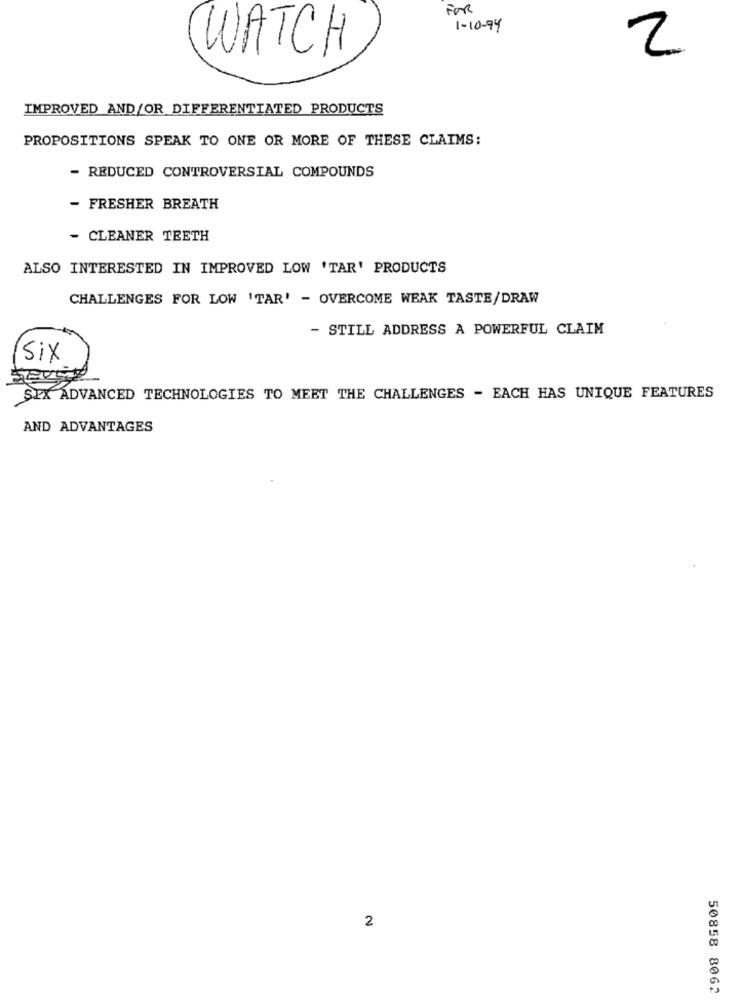
FOR
1-10-94
WATCH
2
IMPROVED AND/OR DIFFERENTIATED PRODUCTS
PROPOSITIONS SPEAK TO ONE OR MORE OF THESE CLAIMS:
- REDUCED CONTROVERSIAL COMPOUNDS
- FRESHER BREATH
- CLEANER TEETH
ALSO INTERESTED IN IMPROVED LOW 'TAR' PRODUCTS
CHALLENGES FOR LOW 'TAR' - OVERCOME WEAK TASTE/DRAW
- STILL ADDRESS A POWERFUL CLAIM
Six
SEX ADVANCED TECHNOLOGIES TO MEET THE CHALLENGES - EACH HAS UNIQUE FEATURES
AND ADVANTAGES
2
50858 8062